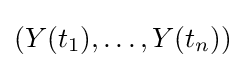
\left(Y(t_{1}),\ldots ,Y(t_{n})\right)